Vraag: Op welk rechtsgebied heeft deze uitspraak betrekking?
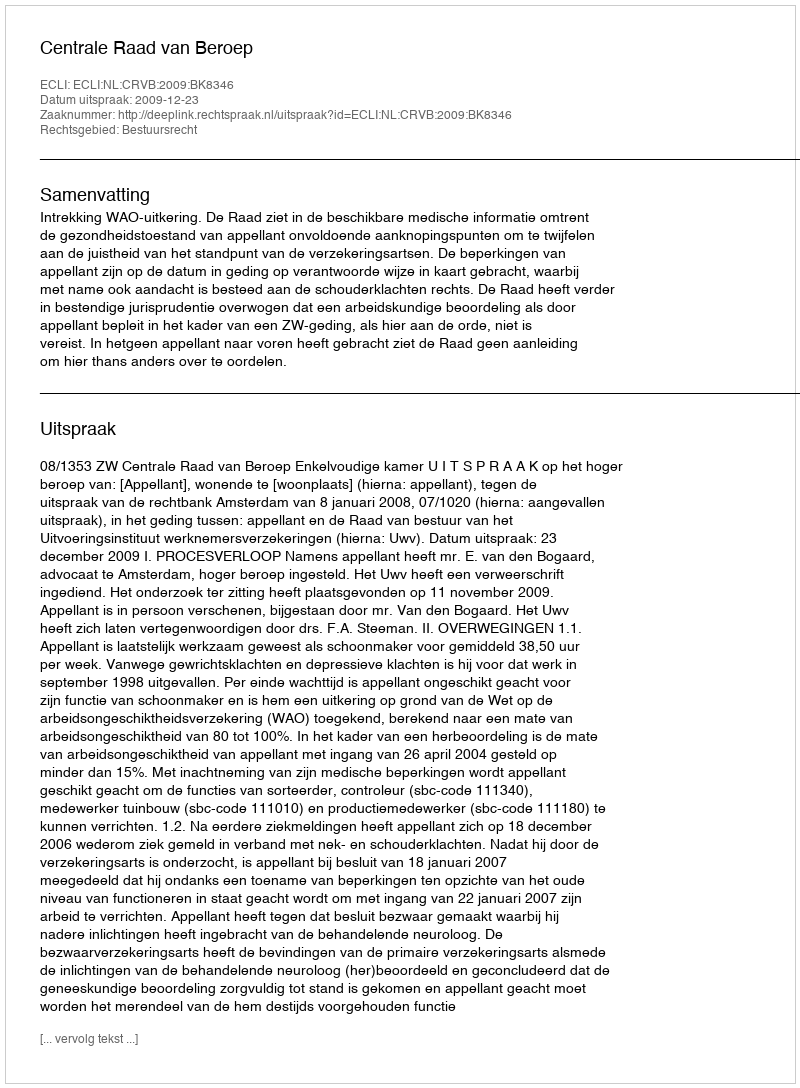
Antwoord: Bestuursrecht